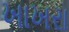
ખાખરા